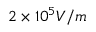
2 \times 1 0 ^ { 5 } V / m